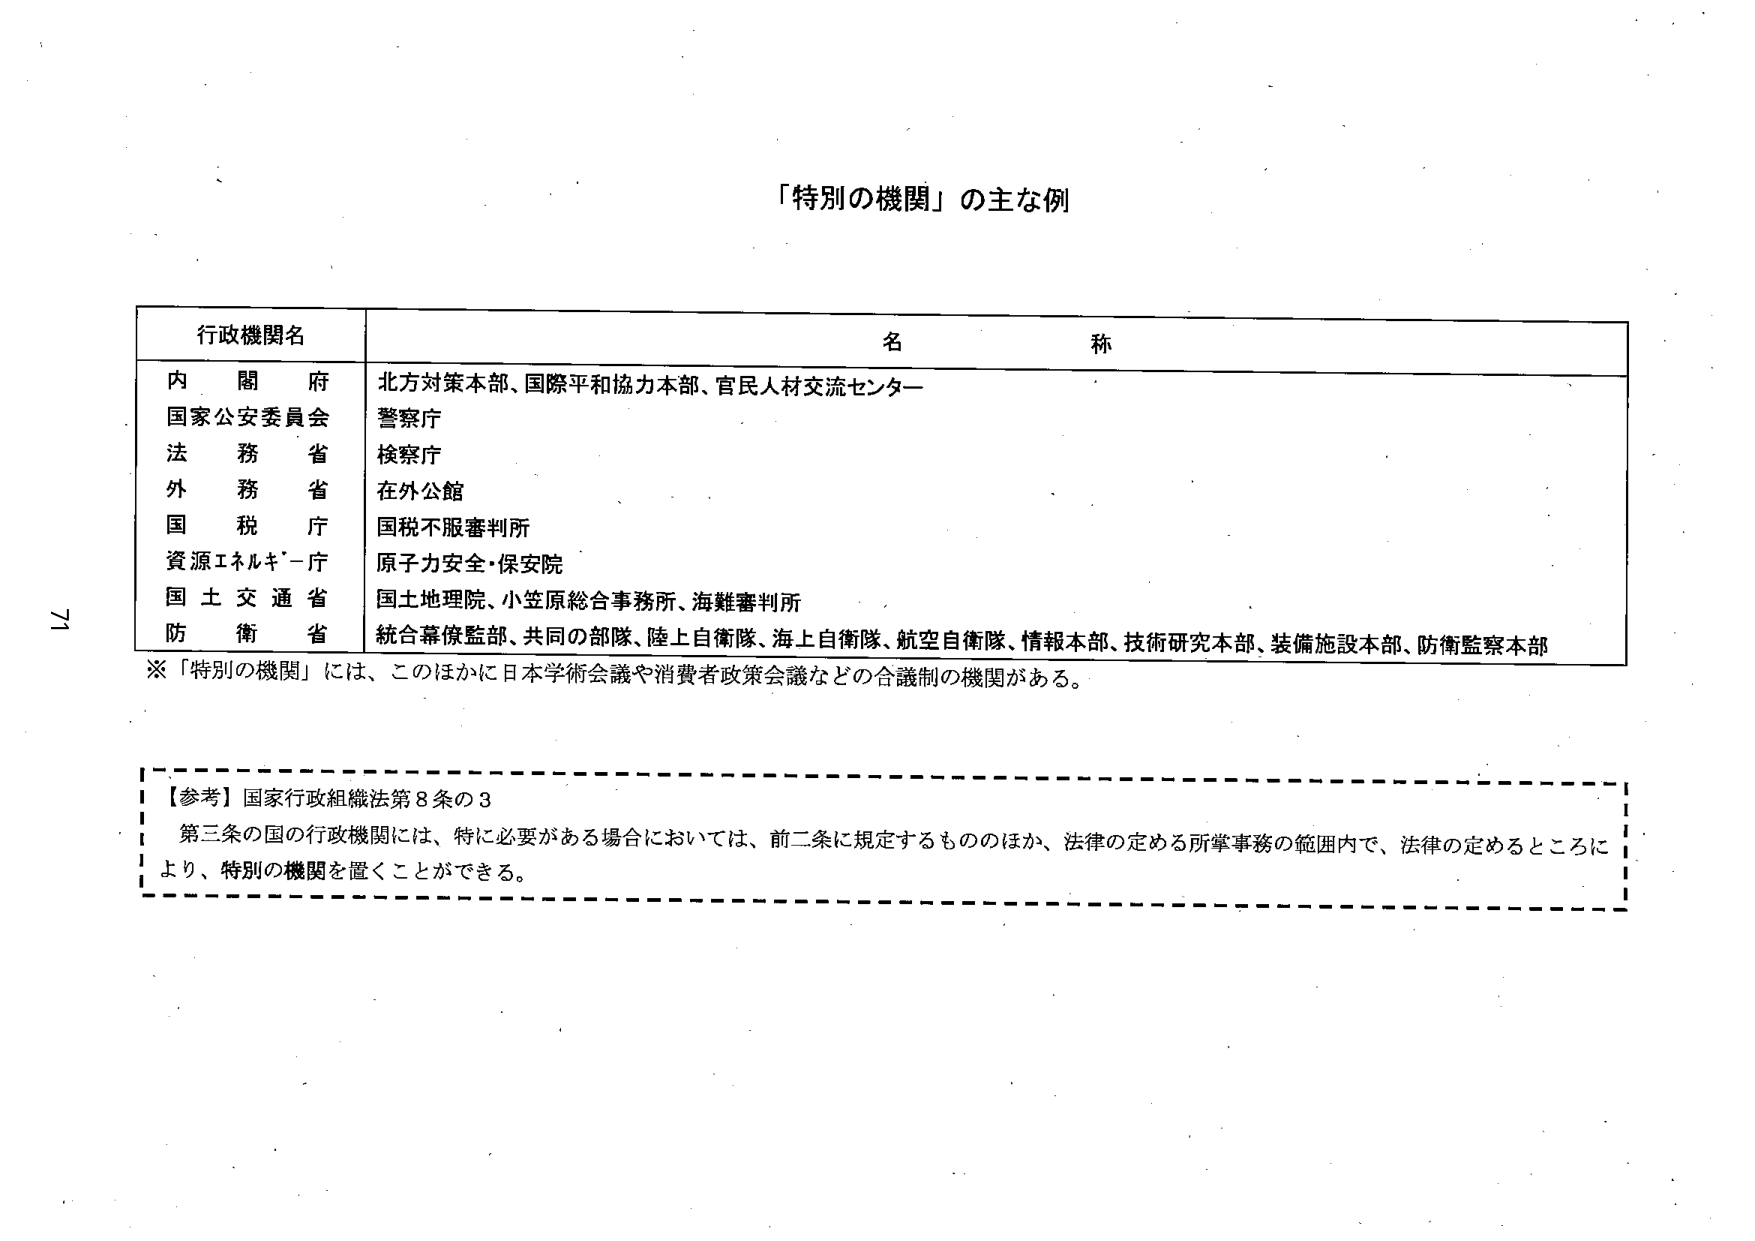
「特別の機関」の主な例

行政機関名